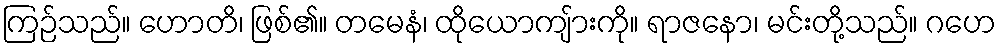
ကြဉ်သည်။ ဟောတိ၊ ဖြစ်၏။ တမေနံ၊ ထိုယောကျ်ားကို။ ရာဇနော၊ မင်းတို့သည်။ ဂဟေ